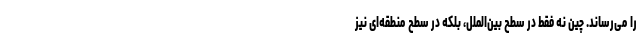
را می‌رساند. چین نه فقط در سطح بین‌الملل، بلکه در سطح منطقه‌ای نیز